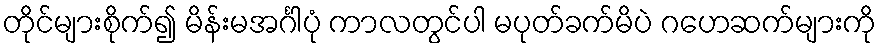
တိုင်များစိုက်၍ မိန်းမအင်္ဂါပုံ ကာလတွင်ပါ မပုတ်ခက်မိပဲ ဂဟေဆက်များကို